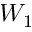
W _ { 1 }